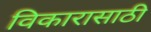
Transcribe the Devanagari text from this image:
विकारासाठी